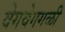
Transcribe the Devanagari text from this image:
वेगवेगगळी